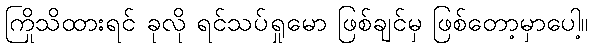
ကြိုသိထားရင် ခုလို ရင်သပ်ရှုမော ဖြစ်ချင်မှ ဖြစ်တော့မှာပေါ့။